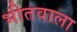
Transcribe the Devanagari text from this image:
भीतवाला